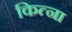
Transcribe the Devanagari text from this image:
कित्ना